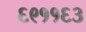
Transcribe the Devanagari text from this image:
६९११६३